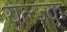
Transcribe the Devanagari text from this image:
यल्ज्क्